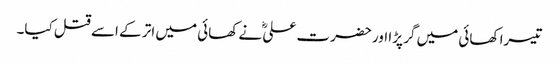
تیسرا کھائی میں گر پڑا اور حضرت علیؓ نے کھائی میں اتر کے اسے قتل کیا۔